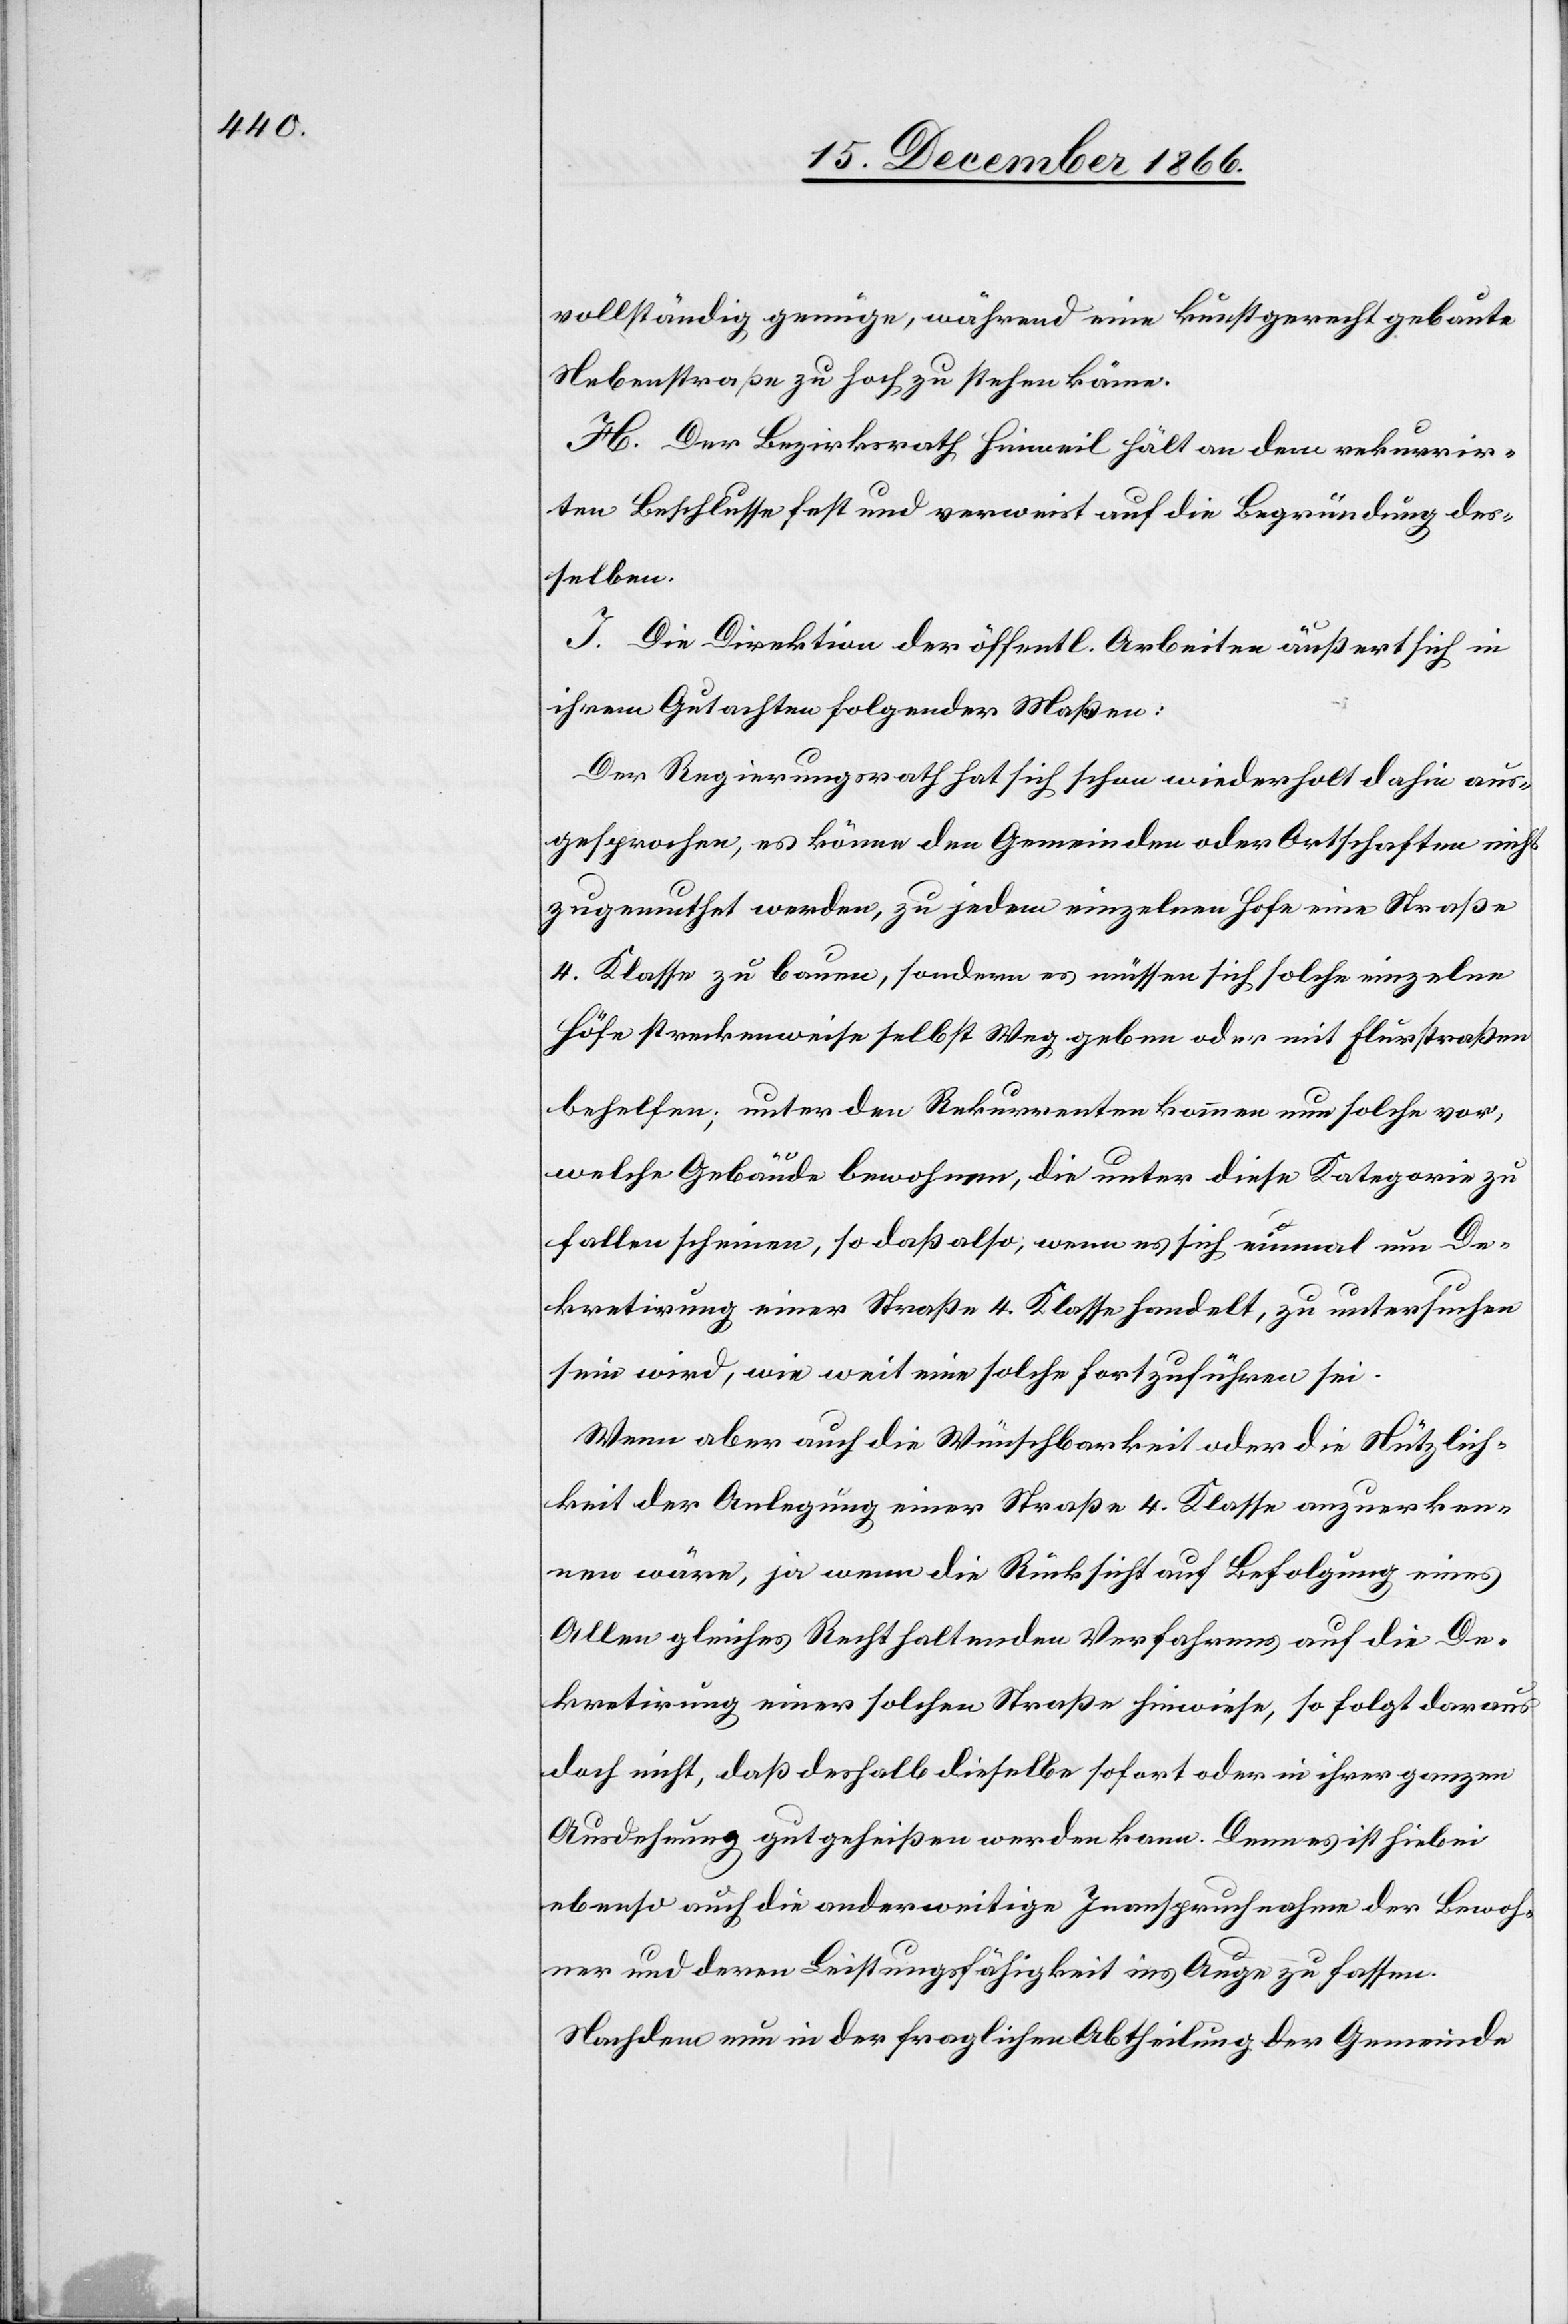
vollständig genüge, während eine kunstgerecht gebaute
Nebenstraße zu hoch zu stehen käme.
H. Der Bezirksrath Hinweil hält an dem rekurrir¬
ten Beschlusse fest und verweist auf die Begründung des¬
selben.
I. Die Direktion der öffentl. Arbeiten äußert sich in
ihrem Gutachten folgender Maßen:
Der Regierungsrath hat sich schon wiederholt dahin aus¬
gesprochen, es könne den Gemeinden oder Ortschaften nicht
zugemuthet werden, zu jedem einzelnen Hofe eine Straße
4. Klasse zu bauen, sondern es müssen sich solche einzelne
Höfe streckenweise selbst Weg geben oder mit Flurstraßen
behelfen; unter den Rekurrenten kommen nun solche vor,
welche Gebäude bewohnen, die unter diese Kategorie zu
fallen scheinen, so daß also, wenn es sich einmal um De¬
kretirung einer Straße 4. Klasse handelt, zu untersuchen
sein wird, wie weit eine solche fortzuführen sei.
Wenn aber auch die Wünschbarkeit oder die Nützlich¬
keit der Anlegung einer Straße 4. Klasse anzuerken¬
nen wäre, ja wenn die Rücksicht auf Befolgung eines
Allen gleiches Recht haltenden Verfahrens auf die De¬
kretirung einer solchen Straße hinweise, so folgt daraus
doch nicht, daß deshalb dieselbe sofort oder in ihrer ganzen
Ausdehnung gutgeheißen werden kann. Denn es ist hiebei
ebenso auch die anderweitige Inanspruchnahme der Bewoh¬
ner und deren Leistungsfähigkeit ins Auge zu fassen.
Nachdem nun in der fraglichen Abtheilung der Gemeinde